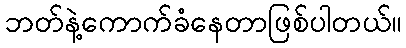
ဘတ်နဲ့ကောက်ခံနေတာဖြစ်ပါတယ်။